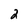
Character: 2